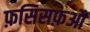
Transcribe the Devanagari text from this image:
फ़सिसफ़औ